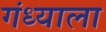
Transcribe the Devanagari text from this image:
गंध्याला